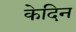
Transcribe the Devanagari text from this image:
केदिन